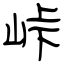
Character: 峠